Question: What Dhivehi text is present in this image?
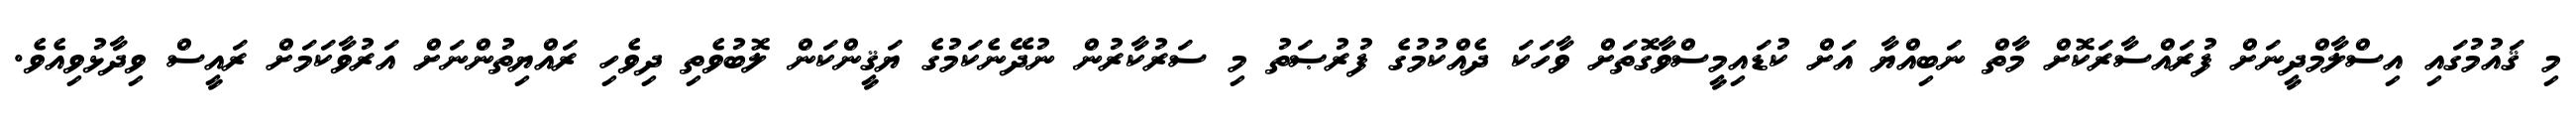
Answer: މި ޤައުމުގައި އިސްލާމްދީނަށް ފުރައްސާރަކޮށް މާތް ނަބިއްޔާ އަށް ކުޑައިމީސްވާގޮތަށް ވާހަކަ ދެއްކުމުގެ ފުރުޞަތު މި ސަރުކާރުން ނުދޭނެކަމުގެ ޔަޤީންކަން ލޮބުވެތި ދިވެހި ރައްޔިތުންނަށް އަރުވާކަމަށް ރައީސް ވިދާޅުވިއެވެ.